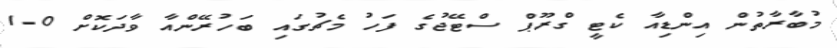
މުބާރާތުން އިންޑިއާ ކެޓީ ގްރޫޕް ސްޓޭޖުގެ ފަހު މެޗުގައި ބަހުރޭންއާ ވާދަކޮށް 0-1